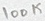
Text: 100K